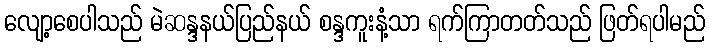
လျော့စေပါသည် မဲဆန္ဒနယ်ပြည်နယ် စန္ဒကူးနံ့သာ ရက်ကြာတတ်သည် ဖြတ်ရပါမည်